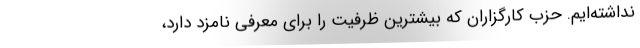
نداشته‌ایم. حزب کارگزاران که بیشترین ظرفیت را برای معرفی نامزد دارد،